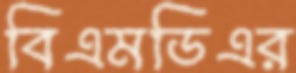
বিএমডিএর